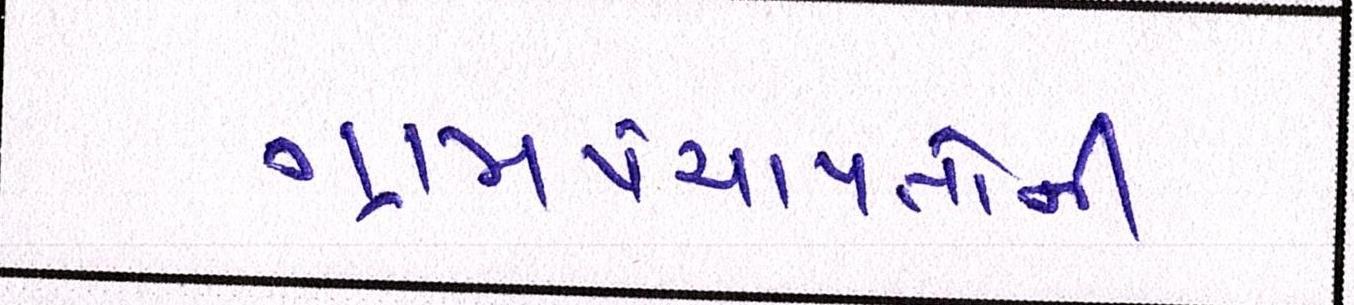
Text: ગ્રામપંચાયતોની